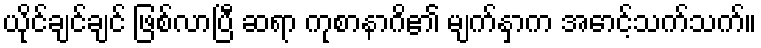
ယိုင်ချင်ချင် ဖြစ်လာပြီ ဆရာ ကုစာနာဂိ၏ မျက်နှာက အောင့်သက်သက်။